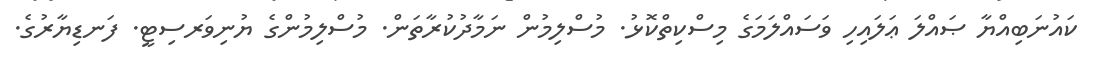
ކައުނަބިއްޔާ ޞައްލަ ޢަލައިހި ވަސައްލަމަގެ މިސްކިތްކޮޅު. މުސްލިމުން ނަމާދުކުރާތަން. މުސްލިމުންގެ ޔުނިވަރސިޓީ. ފަނޑިޔާރުގެ.